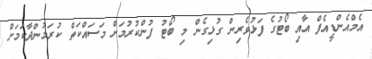
އެމްއެންޑީއެފް އާއި ބޯޓުގެ ފަޅުވެރިން ގުޅިގެން މި ބޯޓު ފުންކުރުމަށް މަސައްކަތް ކުރަމުންދާކަމަށް